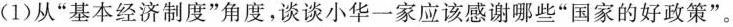
(1)从”基本经济制度”角度，谈谈小华一家应该感谢哪些”国家的好政策”。